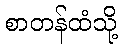
စာတန်ထံသို့